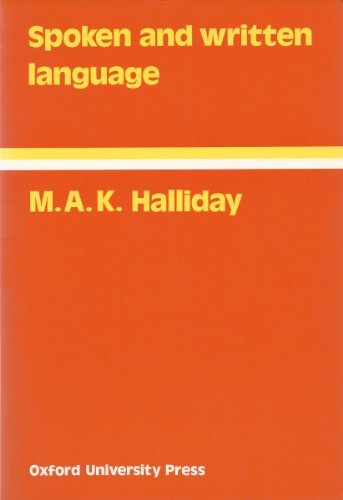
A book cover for Spoken and Written Language (Language Education); M. A. K. Halliday; Reference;